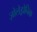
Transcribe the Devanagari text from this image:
ज़ोलेड्रोनिक